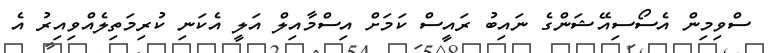
ސްވިމިން އެސޯސިއޭޝަންގެ ނައިބު ރައީސް ކަމަށް އިސްމާއިލް އަލީ އެކަނި ކުރިމަތިލެއްވިއިރު އެ